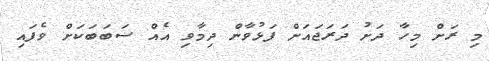
މި ރަށް މިހާ ދަށު ދަރަޖައަށް ފަޅުވާން ދިމާވި އެއް ސަބަބަކަށް ވެފައި